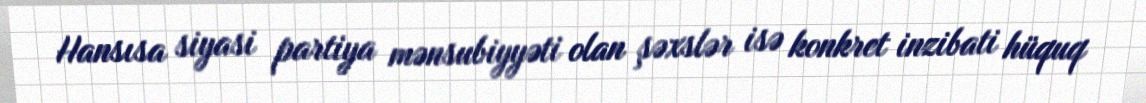
Hansısa siyasi partiya mənsubiyyəti olan şəxslər isə konkret inzibati hüquq